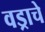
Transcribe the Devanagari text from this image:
वड्राचे